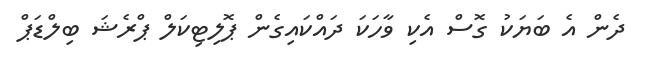
ދެން އެ ބަޔަކު ގޮސް އެކި ވާހަކަ ދައްކައިގެން ޕޮލިޓިކަލް ޕްރެޝަ ބިލްޑަޕް